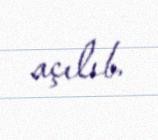
açılıb.